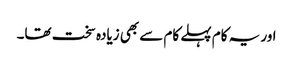
اور یہ کام پہلے کام سے بھی زیادہ سخت تھا۔